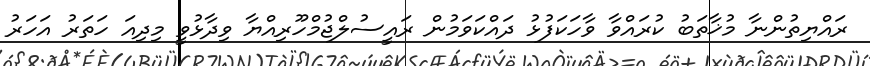
ރައްޔިތުންނާ މުޚާތަބު ކުރައްވާ ވާހަކަފުޅު ދައްކަވަމުން ރައީސުލްޖުމްހޫރިއްޔާ ވިދާޅުވީ މިދިއަ ހަތަރު އަހަރު